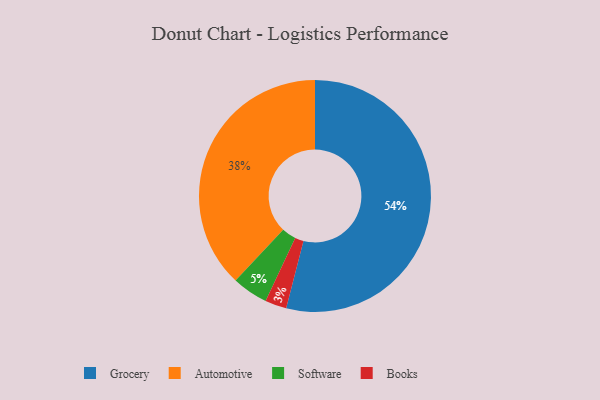
{"axis": {"x": "Category", "y": "Percentage"}, "legend": ["Automotive", "Books", "Grocery", "Software"], "data": [{"x": "Grocery", "y": 54, "type": "Grocery"}, {"x": "Automotive", "y": 38, "type": "Automotive"}, {"x": "Software", "y": 5, "type": "Software"}, {"x": "Books", "y": 3, "type": "Books"}]}